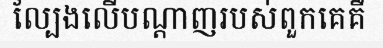
ល្បែងលើបណ្តាញរបស់ពួកគេគឺ